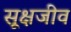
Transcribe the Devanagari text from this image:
सूक्षजीव